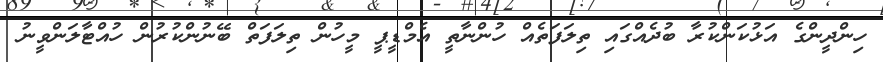
ހިންދީންގެ އަޅުކަންކުރާ ބުދެއްގައި ތިލަފަތެއް ހުންނާތީ އެމްޑީޕީ މީހުން ތިލަފަތް ބޭނުންކުރުން ހުއްޓާލަންވީނު